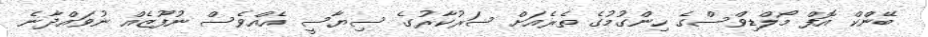
ބޭންކް އޮފް މޯލްޑިވްސްގެ ހިންގުމުގެ ތެރެއަށް ސަރުކާރުގެ ސިޔާސީ އެއްވެސް ނުފޫޒެއް ނުވައްދާނެ